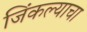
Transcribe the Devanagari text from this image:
जिंकल्याचा